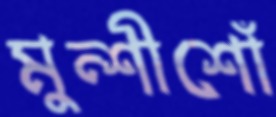
মুন্শীশোঁ